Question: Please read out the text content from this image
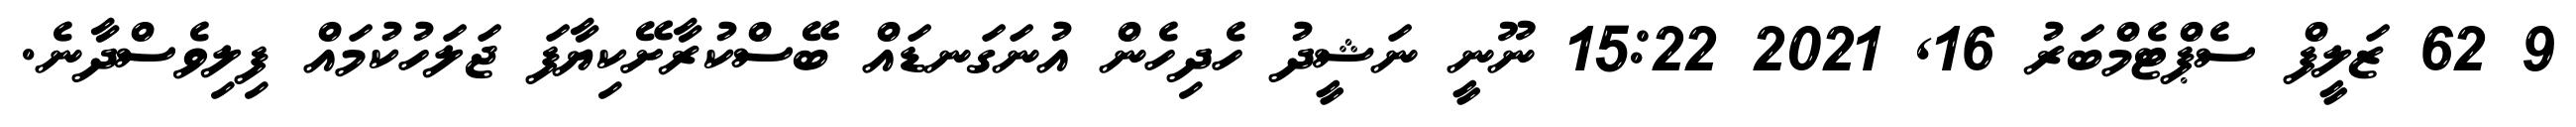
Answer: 9 62 ޒަލީފް ސެޕްޓެމްބަރު 16, 2021 15:22 ނޫނީ ނަޝީދު ހެދިހެން އުނަގަނޑައް ބޭސްކުރާށޭކިޔާފަ ޖަލަހުކުމައް ފިލިވެސްދާނެ.